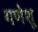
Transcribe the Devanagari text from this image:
गणेशू